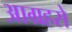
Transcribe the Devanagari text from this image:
आग्रहसे